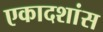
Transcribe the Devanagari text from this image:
एकादशांस